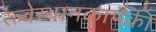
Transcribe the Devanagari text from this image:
रेल्वेस्थानकांपैकी